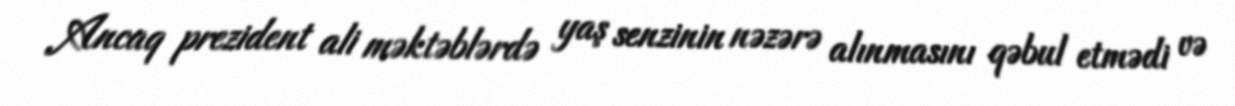
Ancaq prezident ali məktəblərdə yaş senzinin nəzərə alınmasını qəbul etmədi və